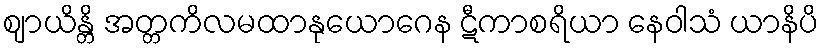
ဈာယိန္တိ အတ္တကိလမထာနုယောဂေန ဋီကာစရိယာ နေဝါသံ ယာနိပိ